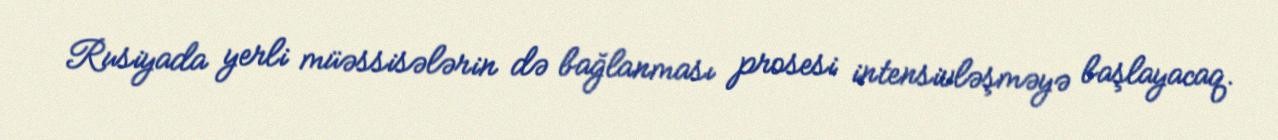
Rusiyada yerli müəssisələrin də bağlanması prosesi intensivləşməyə başlayacaq.